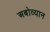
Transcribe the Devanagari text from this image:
अबोव्यान